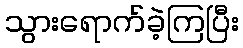
သွားရောက်ခဲ့ကြပြီး